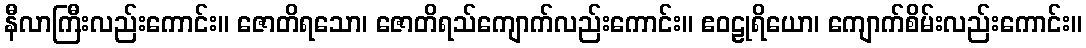
နီလာကြီးလည်းကောင်း။ ဇောတိရသော၊ ဇောတိရသ်ကျောက်လည်းကောင်း။ ဧဝဠုရိယော၊ ကျောက်စိမ်းလည်းကောင်း။